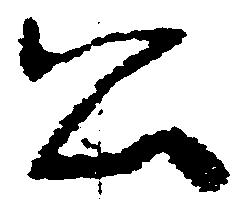
公